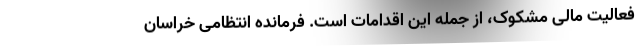
فعالیت مالی مشکوک، از جمله این اقدامات است. فرمانده انتظامی خراسان